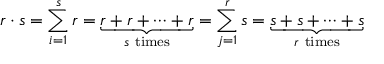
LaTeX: r \cdot s = \sum _ { i = 1 } ^ { s } r = \underbrace { r + r + \cdots + r } _ { s { \mathrm { ~ t i m e s } } } = \sum _ { j = 1 } ^ { r } s = \underbrace { s + s + \cdots + s } _ { r { \mathrm { ~ t i m e s } } }